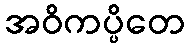
အဝိကပ္ပိတေ